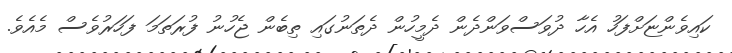
ކައިވެންޏަށްފަހު އެހާ ދުވަސްވަންދެން ދެމީހުން ދެތަނުގައި ތިބެން ޖެހުނު ފުރަތަމަ ފަހަރުވެސް މެއެވެ.